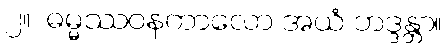
၂။  ဓမ္မဿဝနကာလော အယံ ဘဒ္ဒန္တာ။